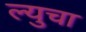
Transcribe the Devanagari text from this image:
ल्युचा